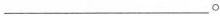
___。